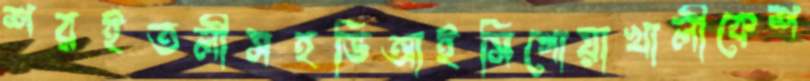
শরইতলীসহভিআইসিগোয়াখালীকেশ